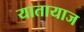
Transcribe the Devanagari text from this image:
यातायाज